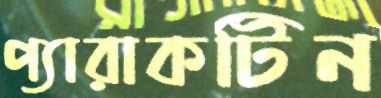
প্যারাকটিন